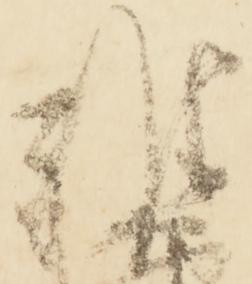
雅